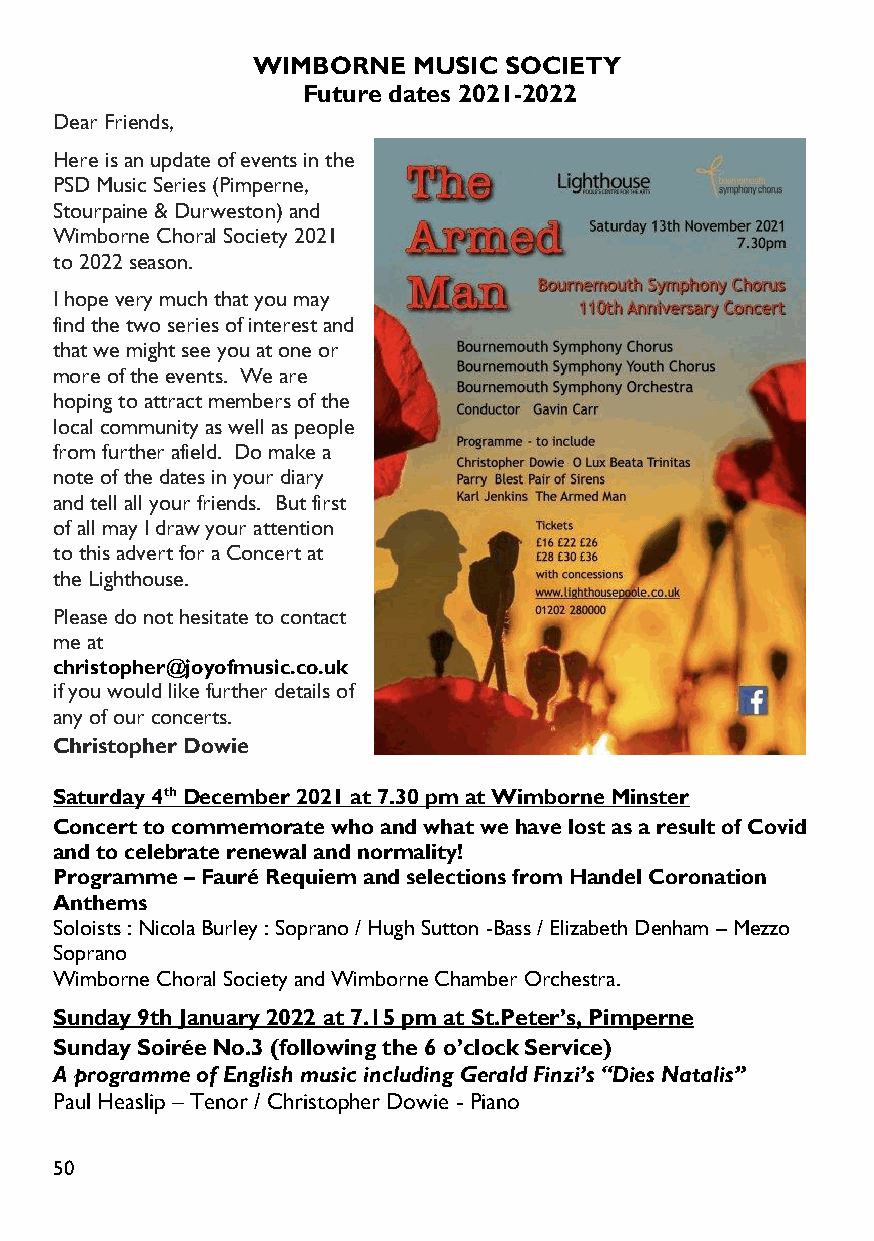
WIMBORNE  MUSIC SOCIETY
 Future dates 2021-2022
 Dear Friends,
 Here is an update of events in the
 PSD Music Series (Pimperne,
 Stourpaine & Durweston) and
 Wimborne Choral Society 2021
 to 2022 season.
 I hope very much that you may
 find the two series of interest and
 that we might see you at one or
 more of the events. We are
 hoping to attract members of the
 local community as well as people
 from further afield. Do make a
 note of the dates in your diary
 and tell all your friends. But first
 of all may I draw your attention
 to this advert for a Concert at
 the Lighthouse.
 Please do not hesitate to contact
 me at
 christopher@joyofmusic.co.uk
 if you would like furtherdetails of
 any of our concerts.
 Christopher Dowie
 Saturday 4thDecember 2021 at 7.30 pm at Wimborne Minster
 Concert to commemorate who and what we have lost as a result of Covid
 and to celebrate renewal and normality!
 Programme–Fauré Requiem and selections from Handel Coronation
 Anthems
 Soloists : Nicola Burley : Soprano / Hugh Sutton -Bass / Elizabeth Denham –Mezzo
 Soprano
 Wimborne Choral Society and Wimborne Chamber Orchestra.
 Sunday 9th January 2022 at 7.15 pm at St.Peter’s, Pimperne
 Sunday Soirée No.3 (following the 6 o’clock Service)
 A programme of English music including Gerald Finzi’s “Dies Natalis”
 Paul Heaslip – Tenor / Christopher Dowie - Piano
 50